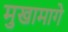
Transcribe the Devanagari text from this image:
मुखामागे